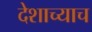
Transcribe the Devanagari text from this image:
देशाच्याच